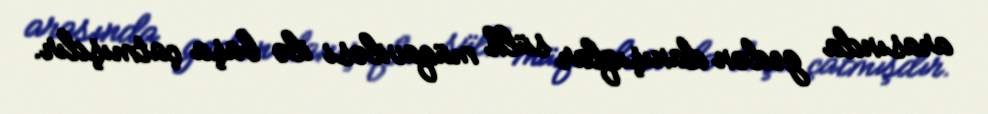
arasında gedən danışıqlar sülh müqaviləsi ilə başa çatmışdır.